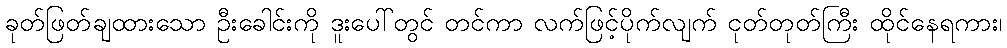
ခုတ်ဖြတ်ချထားသော ဦးခေါင်းကို ဒူးပေါ်တွင် တင်ကာ လက်ဖြင့်ပိုက်လျက် ငုတ်တုတ်ကြီး ထိုင်နေရကား၊